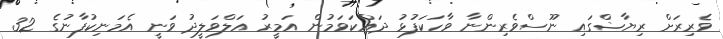
ވެރިރަށް ރިޔާޟްގައި ނޫސްވެރިންނާ ވާހަކަފުޅު ދައްކަވަމުން އަމީރު އަލްވަލީދު ވަނީ އެމަނިކުފާނުގެ 32